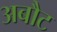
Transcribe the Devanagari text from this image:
अबौट